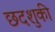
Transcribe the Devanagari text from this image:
छदशुकी